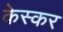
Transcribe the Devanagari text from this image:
केस्कर